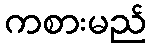
ကစားမည်